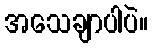
အသေချာပါပဲ။